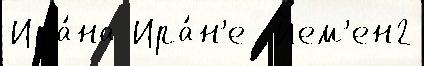
Ира́на Ира́н'е  Йем'ен2